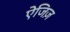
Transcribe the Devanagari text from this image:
ऐजिज़